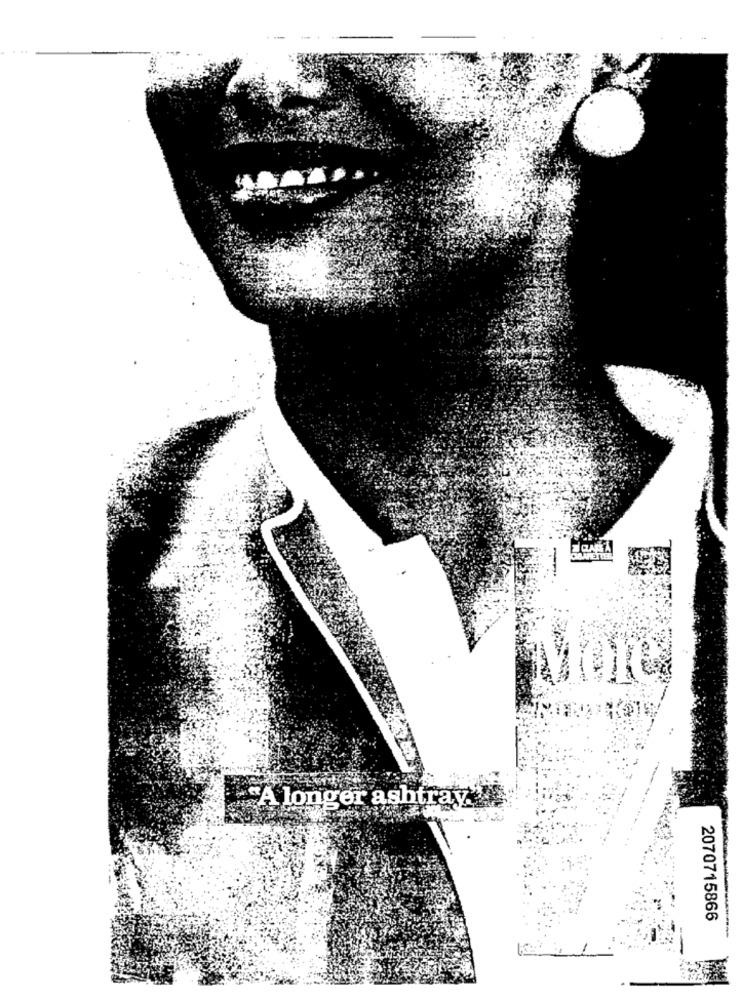
. ..
"A longer ashtray'
2070715866